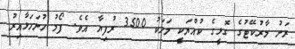
ރަށު މާރުކޭޓުގެ ގޮޅީގެ ކުއްޔަކީ މަހަކު 3500 ރުފިޔާ އެވެ. ފޯމު ހުށަހަޅާއިރު